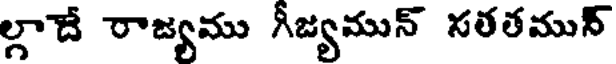
ల్గాదే రాజ్యము గీజ్యమున్ సతతమున్